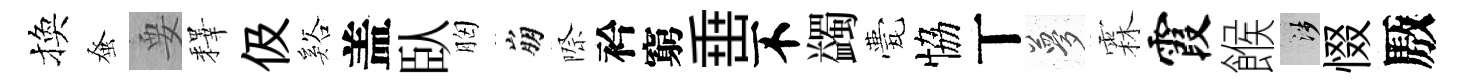
換𫊫要釋伋谿盖臥胸崩際衿窮𡸁不蠲甍恊丅夢霖霞餱涉惙厫